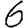
Digit: 6